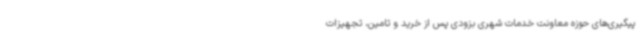
پیگیری‌های حوزه معاونت خدمات شهری بزودی پس از خرید و تامین، تجهیزات